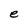
Character: e